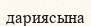
дариясына